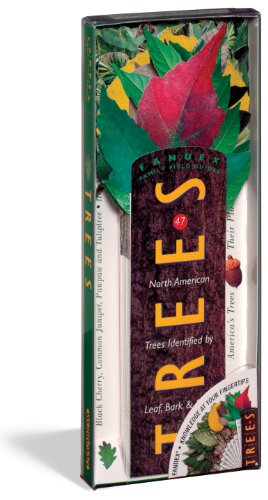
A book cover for Fandex Family Field Guides: Trees; Steven Aronson; Children's Books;